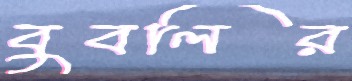
বুবলির